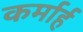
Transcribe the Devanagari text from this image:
कर्मार्ह